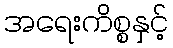
အရေးကိစ္စနှင့်